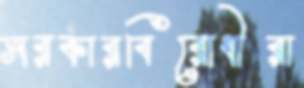
সরকারবিরোধীরা